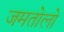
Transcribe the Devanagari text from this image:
जमतोलो